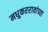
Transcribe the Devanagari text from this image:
मधुकररावांच्या